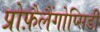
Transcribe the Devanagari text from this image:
प्रोफ़ैलैंगोप्सिडी